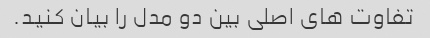
تفاوت های اصلی بین دو مدل را بیان کنید.